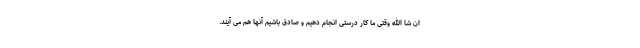
ان شا الله وقتی ما کار درستی انجام دهیم و صادق باشیم آنها هم می آیند.